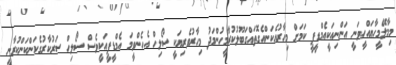
މިމާލޭމީހާޔައްހީވަނީ އަންނިއަކީއެމްޑީޕީ ކަމަށް މިހާރުއެކަންއެގޮތައްގަބޫލުކުރާމީހުންމަދު މިހާރުވެރިޔަކީ ސޯލިހް އެހެންވީމަ އެމްޑީޕީއަކީވެސް ސޯލިހް ސަރުކާރުގެކަންކަންކުރާނީ